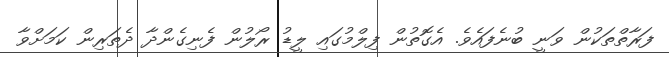
ފަރާތްތަކުން ވަނީ ބުނެފައެވެ. އެގޮތުން ފިލްމުގައި ލީޑު ރޯލުން ފެނިގެންދާ ދެތަރިން ކަމަށްވާ